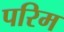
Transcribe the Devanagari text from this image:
परिम